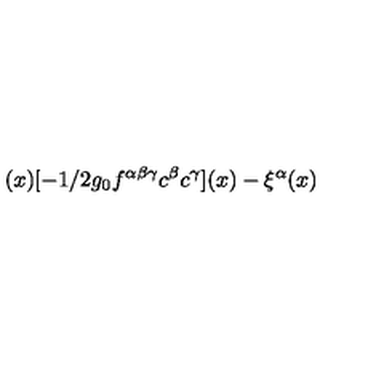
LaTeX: ( x ) [ - 1 / 2 g _ { 0 } f ^ { \alpha \beta \gamma } c ^ { \beta } c ^ { \gamma } ] ( x ) - \xi ^ { \alpha } ( x )